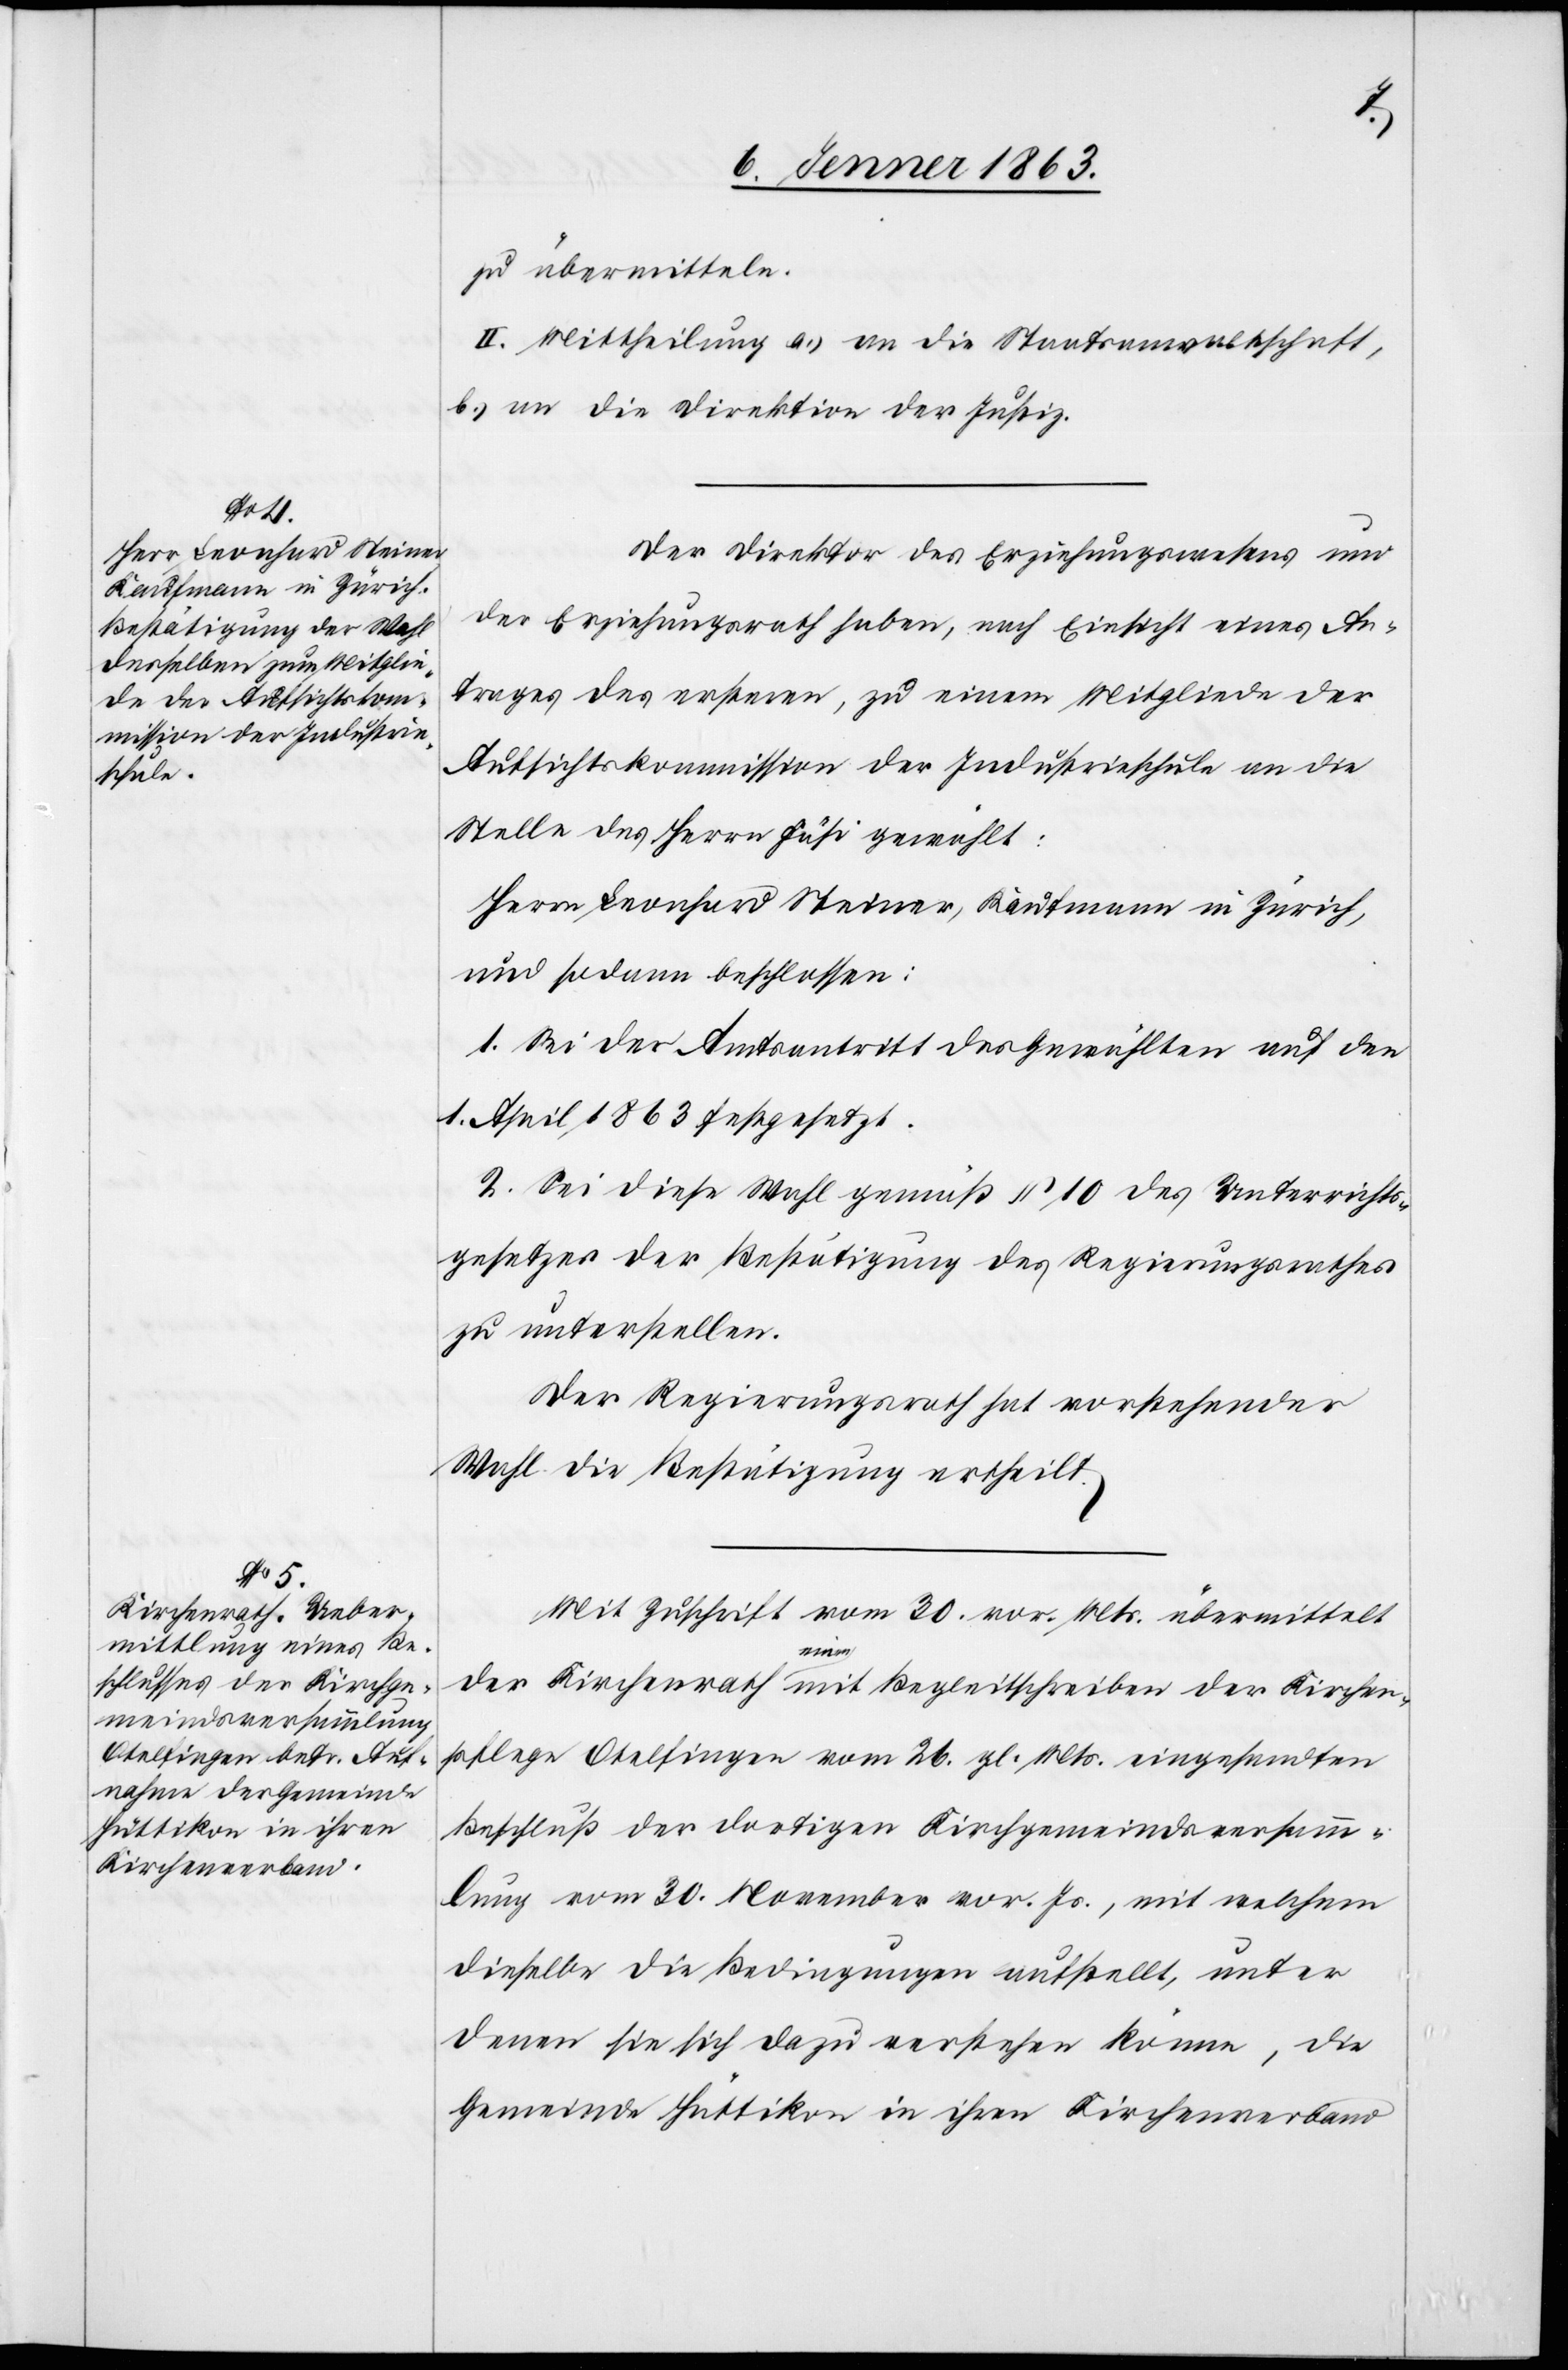
zu übermitteln.
II. Mittheilung a.) an die Staatsanwaltschaft,
b.) an die Direktion der Justiz.
Der Direktor des Erziehungswesens und
der Erziehungsrath haben, nach Einsicht eines An¬
trages des ersteren, zu einem Mitgliede der
Aufsichtskommission der Industrieschule an die
Stelle des Herrn Fäsi gewählt:
Herrn Leonhard Steiner, Kaufmann in Zürich,
und sodann beschlossen:
1. Sei der Amtsantritt des Gewählten auf den
1. April 1863 festgesetzt.
2. Sei diese Wahl gemäß § 10 des Unterrichts¬
gesetzes der Bestätigung des Regierungsrathes
zu unterstellen.
Der Regierungsrath hat vorstehender
Wahl die Bestätigung ertheilt.
Mit Zuschrift vom 30. vor. Mts. übermittelt
der Kirchenrath einen mit Begleitschreiben der Kirchen¬
pflege Otelfingen vom 26. gl. Mts. eingesandten
Beschluß der dortigen Kirchgemeindsversamm¬
lung vom 30. November vor. Js., mit welchem
dieselbe die Bedingungen aufstellt, unter
denen sie sich dazu verstehen könne, die
Gemeinde Hüttikon in ihren Kirchenverband